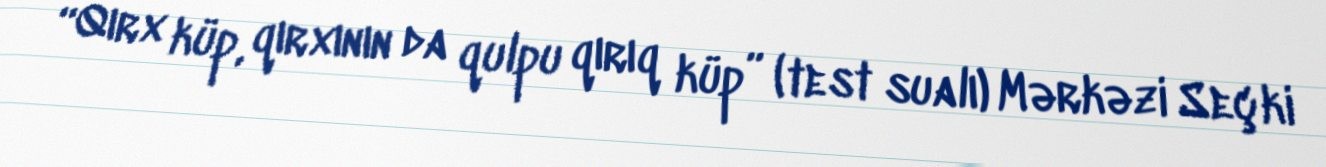
“Qırx küp, qırxının da qulpu qırıq küp” (test sualı) Mərkəzi Seçki